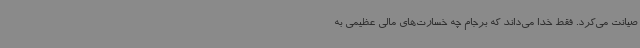
صیانت می‌کرد. فقط خدا می‌داند که برجام چه خسارت‌های مالی عظیمی به